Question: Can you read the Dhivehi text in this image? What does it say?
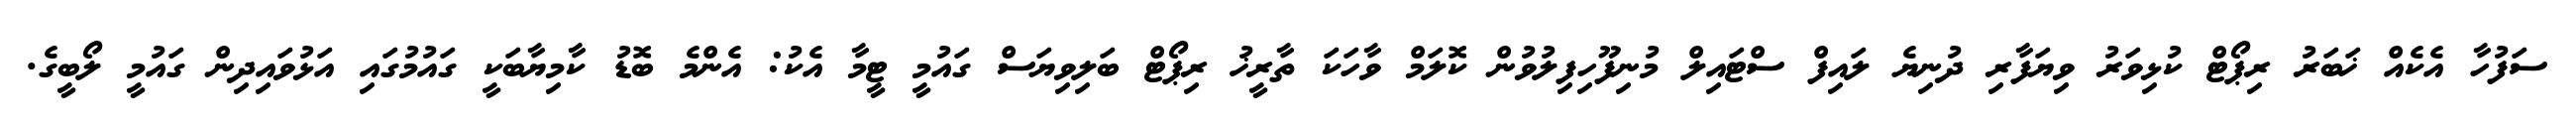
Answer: ސަފުހާ އެކެއް ޚަބަރު ރިޕޯޓް ކުޅިވަރު ވިޔަފާރި ދުނިޔެ ލައިފް ސްޓައިލް މުނިފޫހިފިލުވުން ކޮލަމް ވާހަކަ ތާރީޚު ރިޕޯޓް ބަލިވިޔަސް ގައުމީ ޓީމާ އެކު: އެންމެ ބޮޑު ކާމިޔާބަކީ ގައުމުގައި އަޅުވައިދިން ގައުމީ ލޯބީގެ.